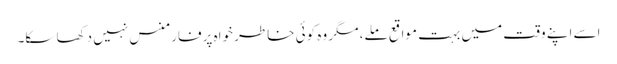
اسے اپنے وقت میں بہت مواقع ملے، مگر وہ کوئی خاطر خواہ پرفارمنس نہیں دکھا سکا۔